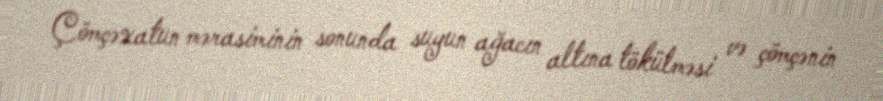
Çömçəxatun mərasiminin sonunda suyun ağacın altına tökülməsi və çömçənin